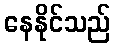
နေနိုင်သည်